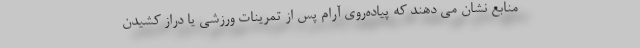
منابع نشان می دهند که پیاده‌روی آرام پس از تمرینات ورزشی یا دراز کشیدن